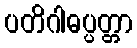
ပတိဂါဓပ္ပတ္တာ